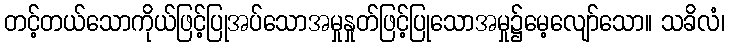
တင့်တယ်သောကိုယ်ဖြင့်ပြုအပ်သောအမှုနှုတ်ဖြင့်ပြုသောအမှု၌မေ့လျော်သော။ သခိလံ၊